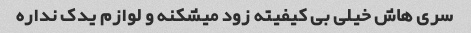
سری هاش خیلی بی کیفیته زود میشکنه و لوازم یدک نداره